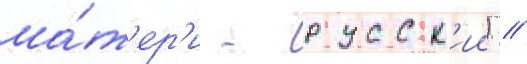
ма́т'ер'и - русск'ии) //